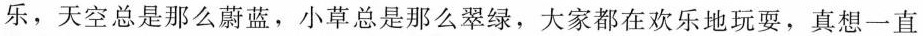
乐，天空总是那么蔚蓝，小草总是那么翠绿，大家都在欢乐地玩耍，真想一直